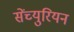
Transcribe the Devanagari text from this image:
सेंच्युरियन